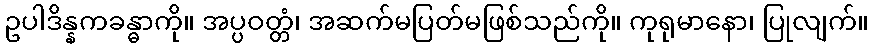
ဥပါဒိန္နကခန္ဓာကို။ အပ္ပဝတ္တံ၊ အဆက်မပြတ်မဖြစ်သည်ကို။ ကုရုမာနော၊ ပြုလျက်။